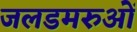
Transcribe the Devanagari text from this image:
जलडमरुओं